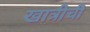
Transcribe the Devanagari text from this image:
खात्रीची